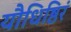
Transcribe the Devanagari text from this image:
यौधिष्ठिरं